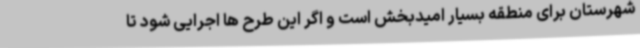
شهرستان برای منطقه بسیار امیدبخش است و اگر این طرح ها اجرایی شود تا